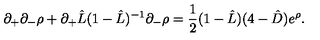
\partial _ { + } \partial _ { - } \rho + \partial _ { + } \hat { L } ( 1 - \hat { L } ) ^ { - 1 } \partial _ { - } \rho = \frac { 1 } { 2 } ( 1 - \hat { L } ) ( 4 - \hat { D } ) e ^ { \rho } .